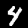
Label: 4